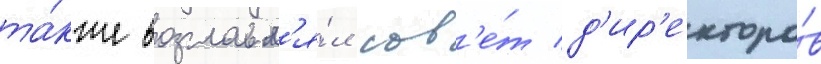
та́кже возглавл'я́л сов'е́т д'ир'екторо́в